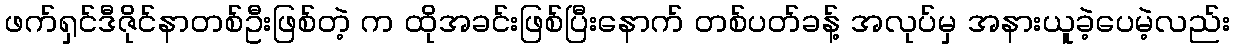
ဖက်ရှင်ဒီဇိုင်နာတစ်ဦးဖြစ်တဲ့ က ထိုအခင်းဖြစ်ပြီးနောက် တစ်ပတ်ခန့် အလုပ်မှ အနားယူခဲ့ပေမဲ့လည်း